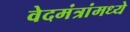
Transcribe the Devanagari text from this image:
वेदमंत्रांमध्ये